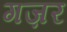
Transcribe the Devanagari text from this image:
गज़र